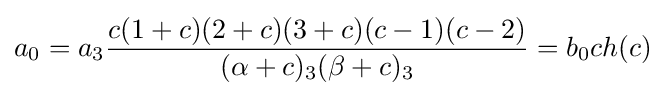
a_{0}=a_{3}{\frac {c(1+c)(2+c)(3+c)(c-1)(c-2)}{(\alpha +c)_{3}(\beta +c)_{3}}}=b_{0}ch(c)